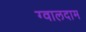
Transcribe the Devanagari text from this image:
ग्वालदाम